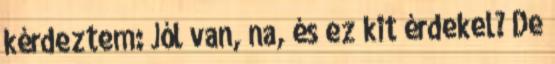
kérdeztem: Jól van, na, és ez kit érdekel? De